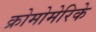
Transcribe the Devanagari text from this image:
क्रोमोमेरिके